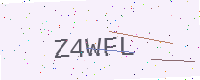
Text: Z4WFL